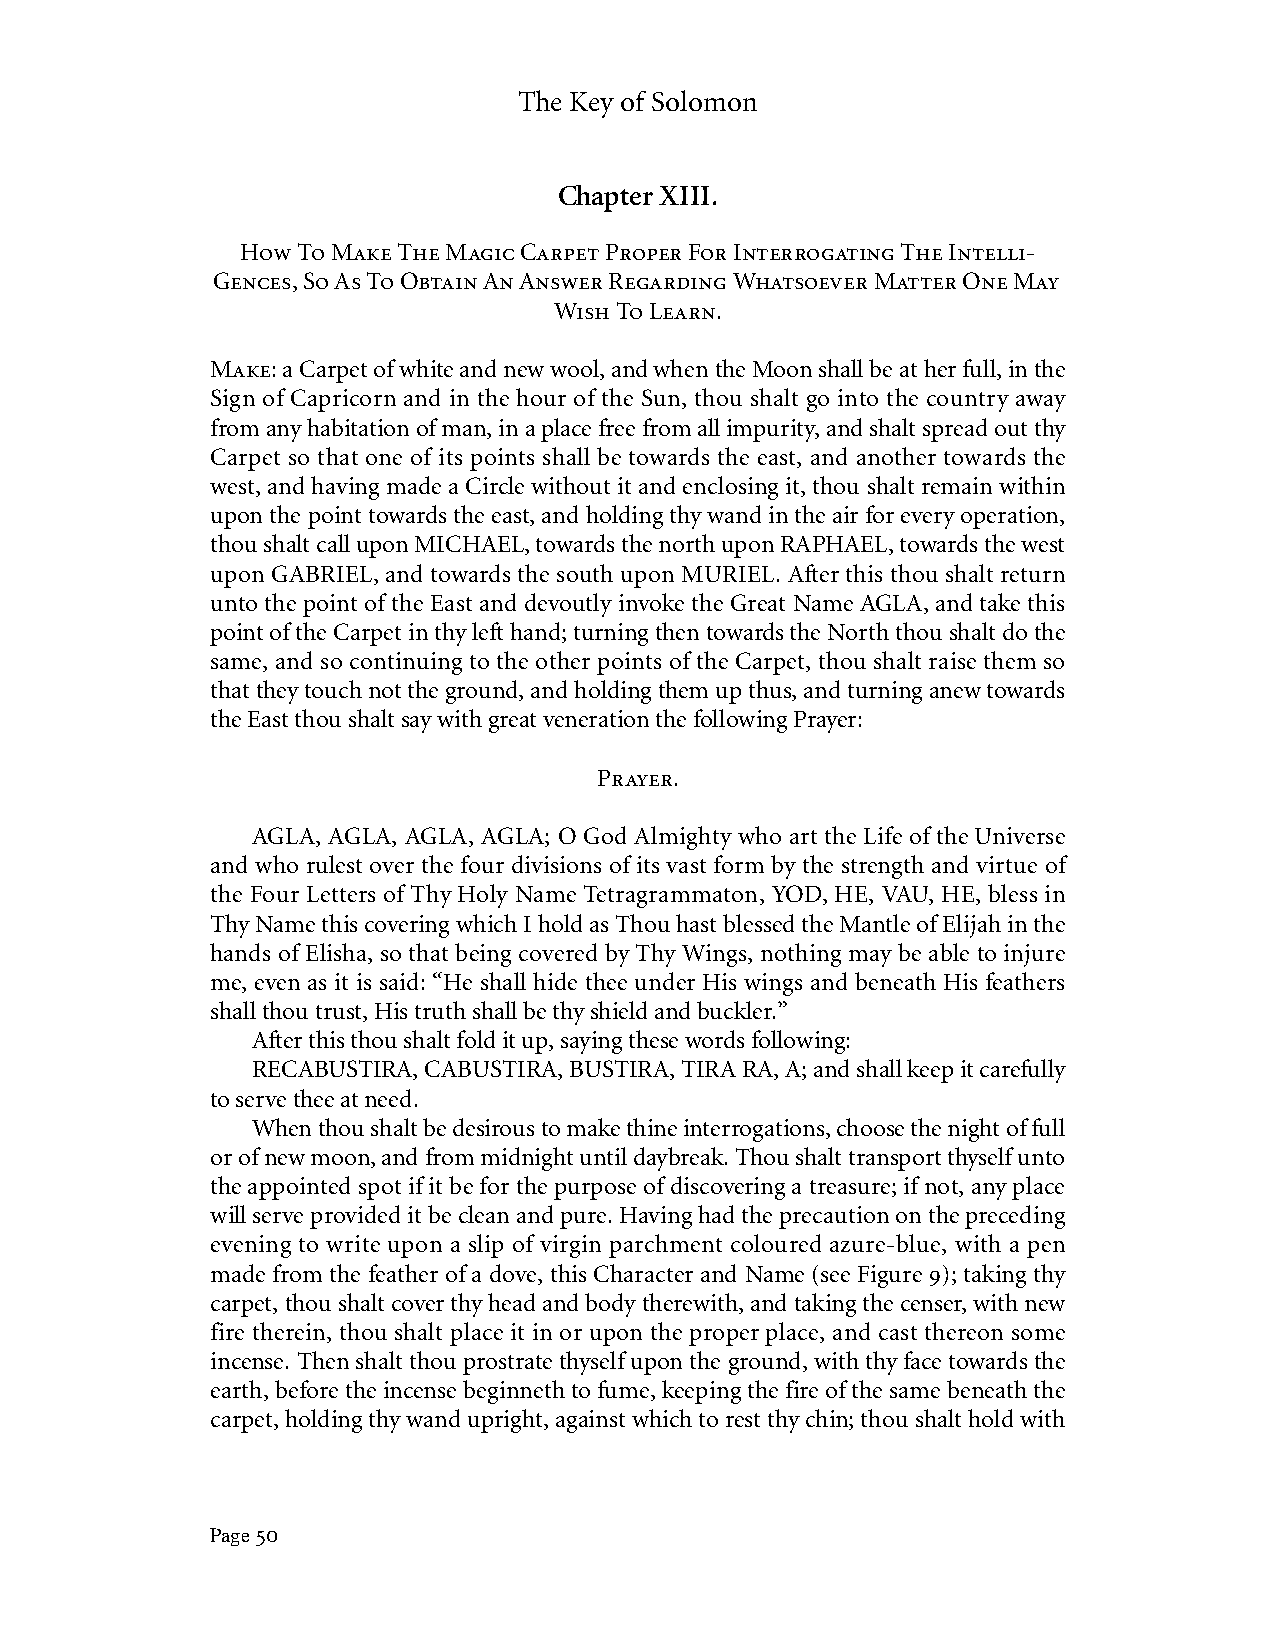
The Key of Solomon
 Chapter XIII.
 How To Make The Magic Carpet Proper For Interrogating The Intelli-
 Gences, So As To Obtain An Answer Regarding Whatsoever Matter One May
 Wish To Learn.
 Make: a Carpet of white and new wool, and when the Moon shall be at her full, in the
 Sign of Capricorn and in the hour of the Sun, thou shalt go into the country away
 from any habitation of man, in a place free from all impurity, and shalt spread out thy
 Carpet so that one of its points shall be towards the east, and another towards the
 west, and having made a Circle without it and enclosing it, thou shalt remain within
 upon the point towards the east, and holding thy wand in the air for every operation,
 thou shalt call upon MICHAEL, towards the north upon RAPHAEL, towards the west
 upon GABRIEL, and towards the south upon MURIEL. After this thou shalt return
 unto the point of the East and devoutly invoke the Great Name AGLA, and take this
 point of the Carpet in thy left hand; turning then towards the North thou shalt do the
 same, and so continuing to the other points of the Carpet, thou shalt raise them so
 that they touch not the ground, and holding them up thus, and turning anew towards
 the East thou shalt say with great veneration the following Prayer:
 Prayer.
 AGLA, AGLA, AGLA, AGLA; O God Almighty who art the Life of the Universe
 and who rulest over the four divisions of its vast form by the strength and virtue of
 the Four Letters of Thy Holy Name Tetragrammaton, YOD, HE, VAU, HE, bless in
 Thy Name this covering which I hold as Thou hast blessed the Mantle of Elijah in the
 hands of Elisha, so that being covered by Thy Wings, nothing may be able to injure
 me, even as it is said: “He shall hide thee under His wings and beneath His feathers
 shall thou trust, His truth shall be thy shield and buckler.”
 After this thou shalt fold it up, saying these words following:
 RECABUSTIRA, CABUSTIRA, BUSTIRA, TIRA RA, A; and shall keep it carefully
 to serve thee at need.
 When thou shalt be desirous to make thine interrogations, choose the night of full
 or of new moon, and from midnight until daybreak. Thou shalt transport thyself unto
 the appointed spot if it be for the purpose of discovering a treasure; if not, any place
 will serve provided it be clean and pure. Having had the precaution on the preceding
 evening to write upon a slip of virgin parchment coloured azure-blue, with a pen
 made from the feather of a dove, this Character and Name (see Figure 9); taking thy
 carpet, thou shalt cover thy head and body therewith, and taking the censer, with new
 fire therein, thou shalt place it in or upon the proper place, and cast thereon some
 incense. Then shalt thou prostrate thyself upon the ground, with thy face towards the
 earth, before the incense beginneth to fume, keeping the fire of the same beneath the
 carpet, holding thy wand upright, against which to rest thy chin; thou shalt hold with
 Page 50